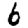
Digit: 6